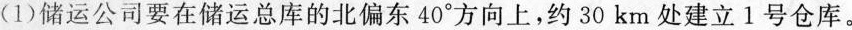
(1)储运公司要在储运总库的北偏东40°方向上，约30km处建立1号仓库。